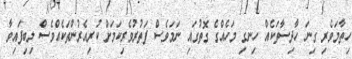
ހިތާމަވެރި ގިނަ ހާދިސާތަކެއް ހިނގި މަހެއްގެ ގޮތުގައި ނަމަވެސް ފަތުރުވެރިކަމަށް ކުރިއެރުންތަކެއްވެސް ލިބިފައިވާ